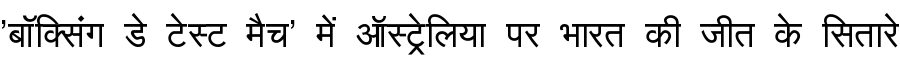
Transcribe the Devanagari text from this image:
'बॉक्सिंग डे टेस्ट मैच' में ऑस्ट्रेलिया पर भारत की जीत के सितारे